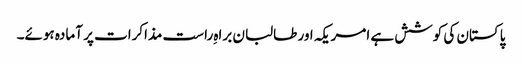
پاکستان کی کوشش ہے امریکہ اور طالبان براہِ راست مذاکرات پر آمادہ ہوئے۔